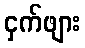
ငှက်ဖျား